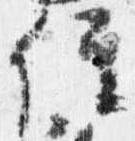
位